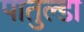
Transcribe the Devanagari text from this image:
पातुल्डा